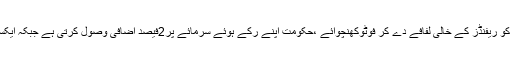
خالدتواب نے کہا کہ سابق وزیرخزانہ نے ایکسپورٹرز کو ریفنڈز کے خالی لفافے دے کر فوٹوکھنچوائے ،حکومت اپنے رکے ہوئے سرمائے پر2فیصد اضافی وصول کرتی ہے جبکہ ایکسپورٹرز کا پیسہ حکومت کے پاس برسوں سے پڑا ہے۔